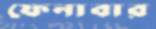
ফেনাবার